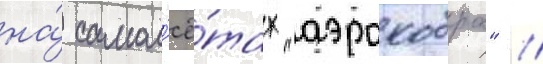
на́ самол'ё́тах "аэрокобра" //